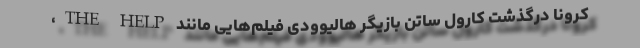
کرونا درگذشت کارول ساتن بازیگر هالیوودی فیلم‌هایی مانند THE HELP،